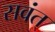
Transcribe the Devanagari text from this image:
सवंत्